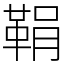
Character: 鞙